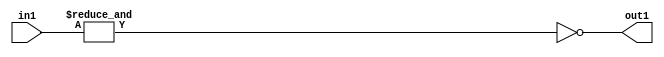
`timescale 1ps / 1ps
/*****************************************************************************
    Verilog RTL Description
    
    
    Created by: Stratus DpOpt 2019.1.01 
*******************************************************************************/

module in_buff_Nei7u3_1 (
	in1,
	out1
	); /* architecture "behavioural" */ 
input [2:0] in1;
output  out1;
wire  asc001,
	asc002;

assign asc002 = 
	(&in1);

assign asc001 = 
	((~asc002));

assign out1 = asc001;
endmodule

/* CADENCE  urnxQwo= : u9/ySgnWtBlWxVPRXgAZ4Og= ** DO NOT EDIT THIS LINE ******/